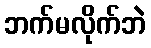
ဘက်မလိုက်ဘဲ